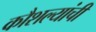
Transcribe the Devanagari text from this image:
कौशल्यांची